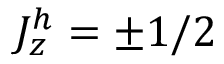
J _ { z } ^ { h } = \pm 1 / 2